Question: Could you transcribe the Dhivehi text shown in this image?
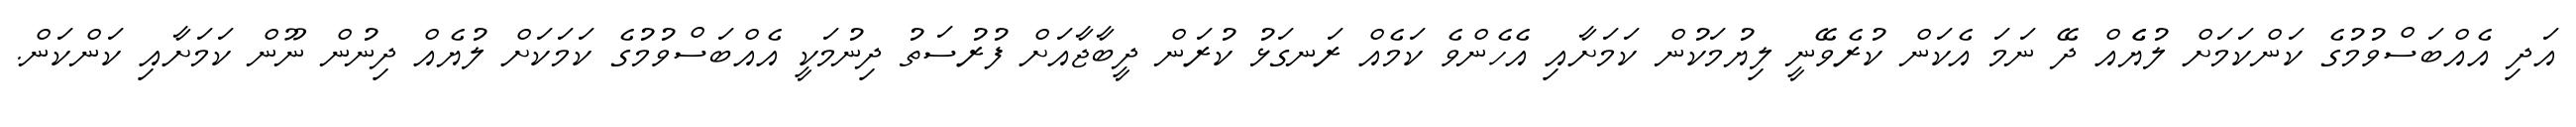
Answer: އަދި އެއްބަސްވުމުގެ ކަންކަމަށް ލުޔެެއް ދޭ ނަމަ އެކަން ކުރެވޭނީ ލިޔުމަކުން ކަމަށާއި އެހެންވެ ކަމެއް ރަނގަޅު ކުރަން ދީބާޖާއަށް ފުރުސަތު ދިނުމަކީ އެއްބަސްވުމުގެ ކަމަކަށް ލުޔެއް ދިނުން ނޫން ކަމަށާއި ކަންކަން.